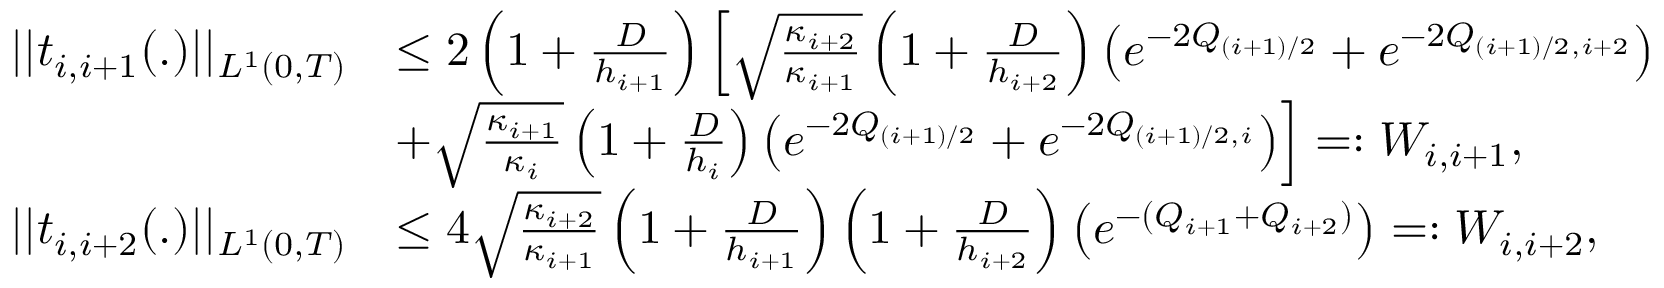
\begin{array} { r l } { | | t _ { i , i + 1 } ( . ) | | _ { L ^ { 1 } ( 0 , T ) } } & { \leq 2 \left( 1 + \frac { D } { h _ { i + 1 } } \right) \left[ \sqrt { \frac { \kappa _ { i + 2 } } { \kappa _ { i + 1 } } } \left( 1 + \frac { D } { h _ { i + 2 } } \right) \left( e ^ { - 2 Q _ { ( i + 1 ) / 2 } } + e ^ { - 2 Q _ { ( i + 1 ) / 2 , i + 2 } } \right) \right. } \\ & { \left. \kern - \nulldelimiterspace + \sqrt { \frac { \kappa _ { i + 1 } } { \kappa _ { i } } } \left( 1 + \frac { D } { h _ { i } } \right) \left( e ^ { - 2 Q _ { ( i + 1 ) / 2 } } + e ^ { - 2 Q _ { ( i + 1 ) / 2 , i } } \right) \right] = : W _ { i , i + 1 } , } \\ { | | t _ { i , i + 2 } ( . ) | | _ { L ^ { 1 } ( 0 , T ) } } & { \leq 4 \sqrt { \frac { \kappa _ { i + 2 } } { \kappa _ { i + 1 } } } \left( 1 + \frac { D } { h _ { i + 1 } } \right) \left( 1 + \frac { D } { h _ { i + 2 } } \right) \left( e ^ { - ( Q _ { i + 1 } + Q _ { i + 2 } ) } \right) = : W _ { i , i + 2 } , } \end{array}